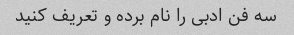
سه فن ادبی را نام برده و تعریف کنید